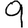
Digit: 9